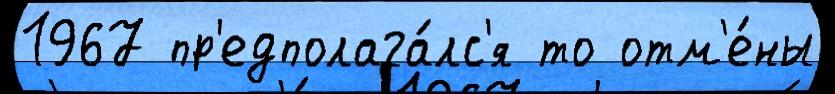
1967 пр'едполага́лс'я то отм'е́ны